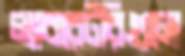
ল্যাবরেটরিগুলো